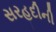
સરહદીની